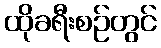
ထိုခရီးစဉ်တွင်